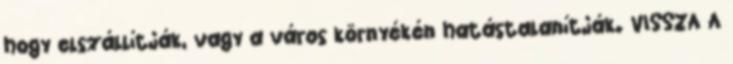
hogy elszállítják, vagy a város környékén hatástalanítják. VISSZA A